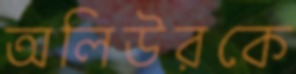
অলিউরকে